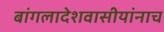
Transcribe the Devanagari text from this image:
बांगलादेशवासीयांनाच